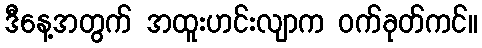
ဒီနေ့အတွက် အထူးဟင်းလျာက ဝက်ခုတ်ကင်။